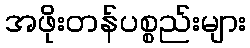
အဖိုးတန်ပစ္စည်းများ